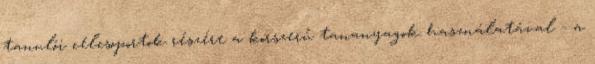
tanulói célcsoportok részére a korszerű tananyagok használatával - a